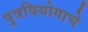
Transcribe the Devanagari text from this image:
पुत्रवियोगाचे